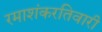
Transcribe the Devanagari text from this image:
रमाशंकरतिवारी